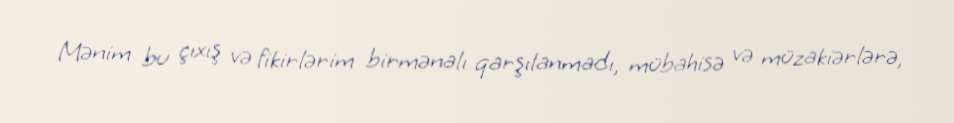
Mənim bu çıxış və fikirlərim birmənalı qarşılanmadı, mübahisə və müzakiərlərə,